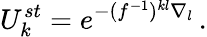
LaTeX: U_{k}^{st}=e^{-(f^{-1})^{kl}\nabla_{l}}\, .